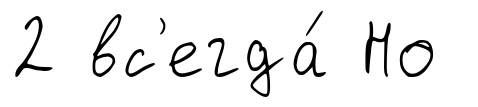
2 вс'егда́ Но